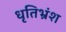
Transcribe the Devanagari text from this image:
धृतिभ्रंश